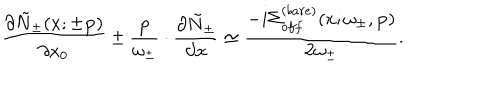
LaTeX: \frac { \partial \tilde { N } _ { \pm } ( x ; \pm { \bf p } ) } { \partial x _ { 0 } } \pm \frac { { \bf p } } { \omega _ { \pm } } \cdot \frac { \partial \tilde { N } _ { \pm } } { \partial { \bf x } } \simeq \frac { - i \Sigma _ { o f f } ^ { ( b a r e ) } ( x ; \omega _ { \pm } , { \bf p } ) } { 2 \omega _ { \pm } } .